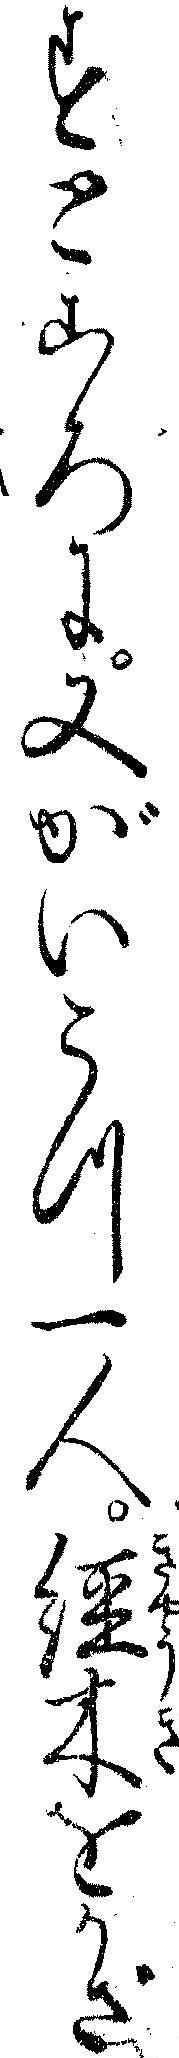
すところに又がいこつ一人経木をかざ